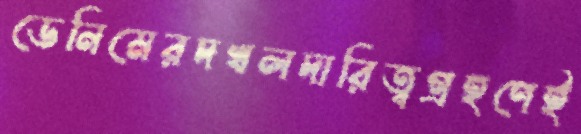
ডেনিমেরদখলদারিত্বগ্রহণেই